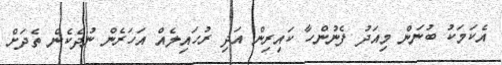
އެކަމަކު ބުނަން މިއަދު ފެނުންހާ ކައިރިން އަދި ރުހައިލެއް އަހަރެން ނުދެކެން ތެދަށް